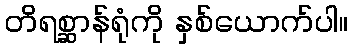
တိရစ္ဆာန်ရုံကို နှစ်ယောက်ပါ။